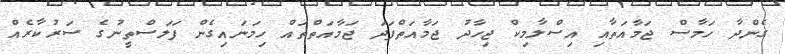
ގެންދާ ހަމާސް ޖަމާއަތާއި އިސްލާމިކް ޖިހާދު ޖަމާއަތްފަދަ ޖަމާއަތްތައް ހިމަނައިގެން ފަލަސްތީނުގެ ސަރުކާރެއް